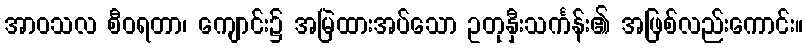
အာဝသလ စီဝရတာ၊ ကျောင်း၌ အမြဲထားအပ်သော ဥတုနှီးသင်္ကန်း၏ အဖြစ်လည်းကောင်း။